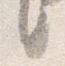
言